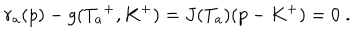
LaTeX: r _ { a } ( p ) - g ( { T _ { a } } ^ { + } , K ^ { + } ) = J ( T _ { a } ) ( p - K ^ { + } ) = 0 \; .